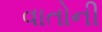
વાતોની